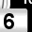
Digit: 6